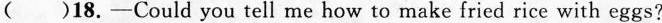
( )18.-Could you tell me how to make fried rice with eggs?